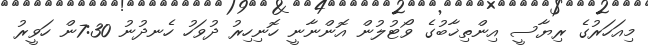
މިއަހަރުގެ ރިޔާސީ އިންތިޚާބުގެ ވޯޓުލުން އޮންނާނީ ހޮނިހިރު ދުވަހު ހެނދުނު 7:30ން ހަވީރު